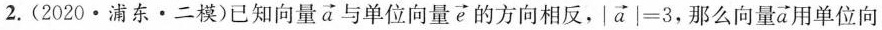
2.(2020\cdot 浦东\cdot 二模)已知向量\overrightarrow{a}与单位向量\overrightarrow{e}的方向相反， $$\left | \overrightarrow{a} \right | = 3$$，那么向量\overrightarrow{a}用单位向